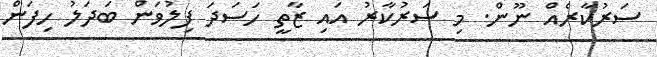
ސަރުކާރެއް ނޫން. މި ސަރުކާރު އައި ޒާތީ ހަސަދަ ފިލުވަން ބަދަލު ހިފަން